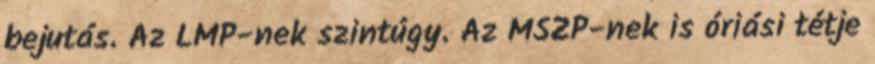
bejutás. Az LMP-nek szintúgy. Az MSZP-nek is óriási tétje